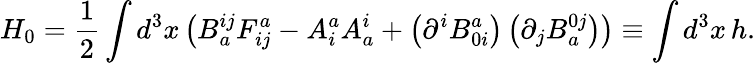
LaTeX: H_{0}=\frac{1}{2}\int d^{3}x\left(B_{a}^{ij}F_{ij}^{a}-A_{i}^{a}A_{a}^{i}+\left(\partial^{i}B_{0i}^{a}\right)\left(\partial_{j}B_{a}^{0j}\right)\right)\equiv\int d^{3}x\, h.